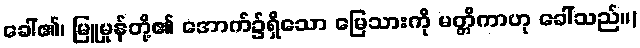
ခေါ်၏၊ မြူမှုန်တို့၏ အောက်၌ရှိသော မြေသားကို မတ္တိကာဟု ခေါ်သည်။)